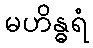
မဟိန္ဓရံ